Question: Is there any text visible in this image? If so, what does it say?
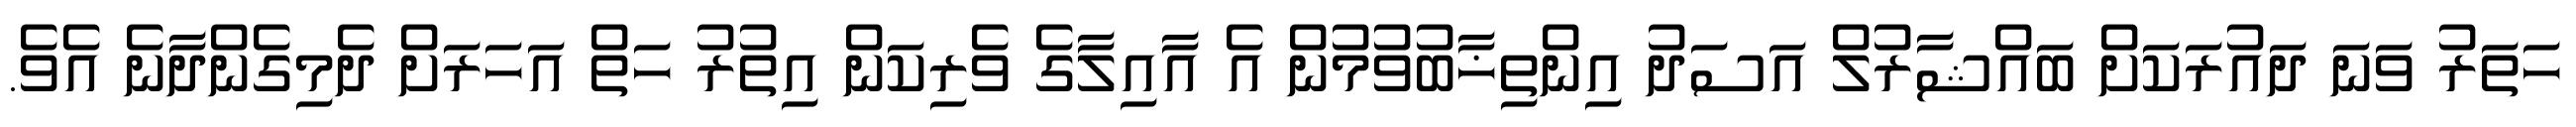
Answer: ހަތަރު ވަނަ ދައުރަކަށް ބައްޝާރުލް އަސަދު އިންތިޚާބުވުމުން އެ އާއިލާގެ ވެރިކަން އިތުރު ހަތް އަހަރަށް ދެމިގެންދާނެ އެވެ.